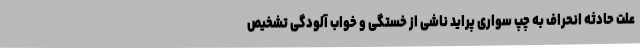
علت حادثه انحراف به چپ سواری پراید ناشی از خستگی و خواب آلودگی تشخیص